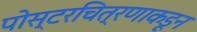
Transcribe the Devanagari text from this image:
पोस्टरचित्रणाकडून